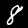
Label: 8